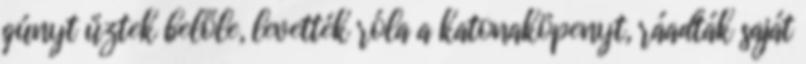
gúnyt űztek belőle, levették róla a katonaköpenyt, ráadták saját